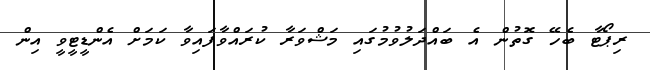
ރިޕޯޓާ ބެހޭ ގޮތުން އެ ބައްދަލުވުމުގައި މަޝްވަރާ ކުރައްވާފައިވާ ކަމަށް އެންޑީޓީވީ އިން